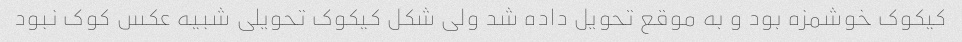
کیکوک خوشمزه بود و به موقع تحویل داده شد ولی شکل کیکوک تحویلی شبیه عکس کوک نبود